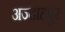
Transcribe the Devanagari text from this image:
अज्दाहपुर